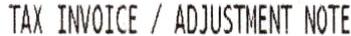
TAX INVOICE / ADJUSTMENT NOTE